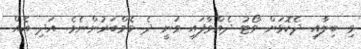
މި ބިލާއި ދެކޮޅަށް ވޯޓު ދެއްވާފައި ވަނީ ދެ މެމްބަރުންނެވެ. އަދި އެއް